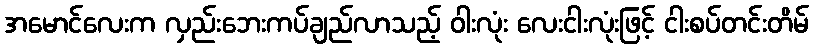
အမောင်လေးက လှည်းဘေးကပ်ချည်လာသည့် ဝါးလုံး လေးငါးလုံးဖြင့် ငါးစပ်တင်းတိမ်